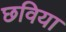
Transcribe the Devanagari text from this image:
छविया